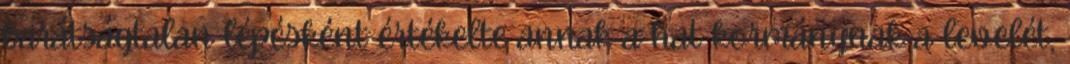
barátságtalan lépésként értékelte annak a hat kormánynak a levelét,